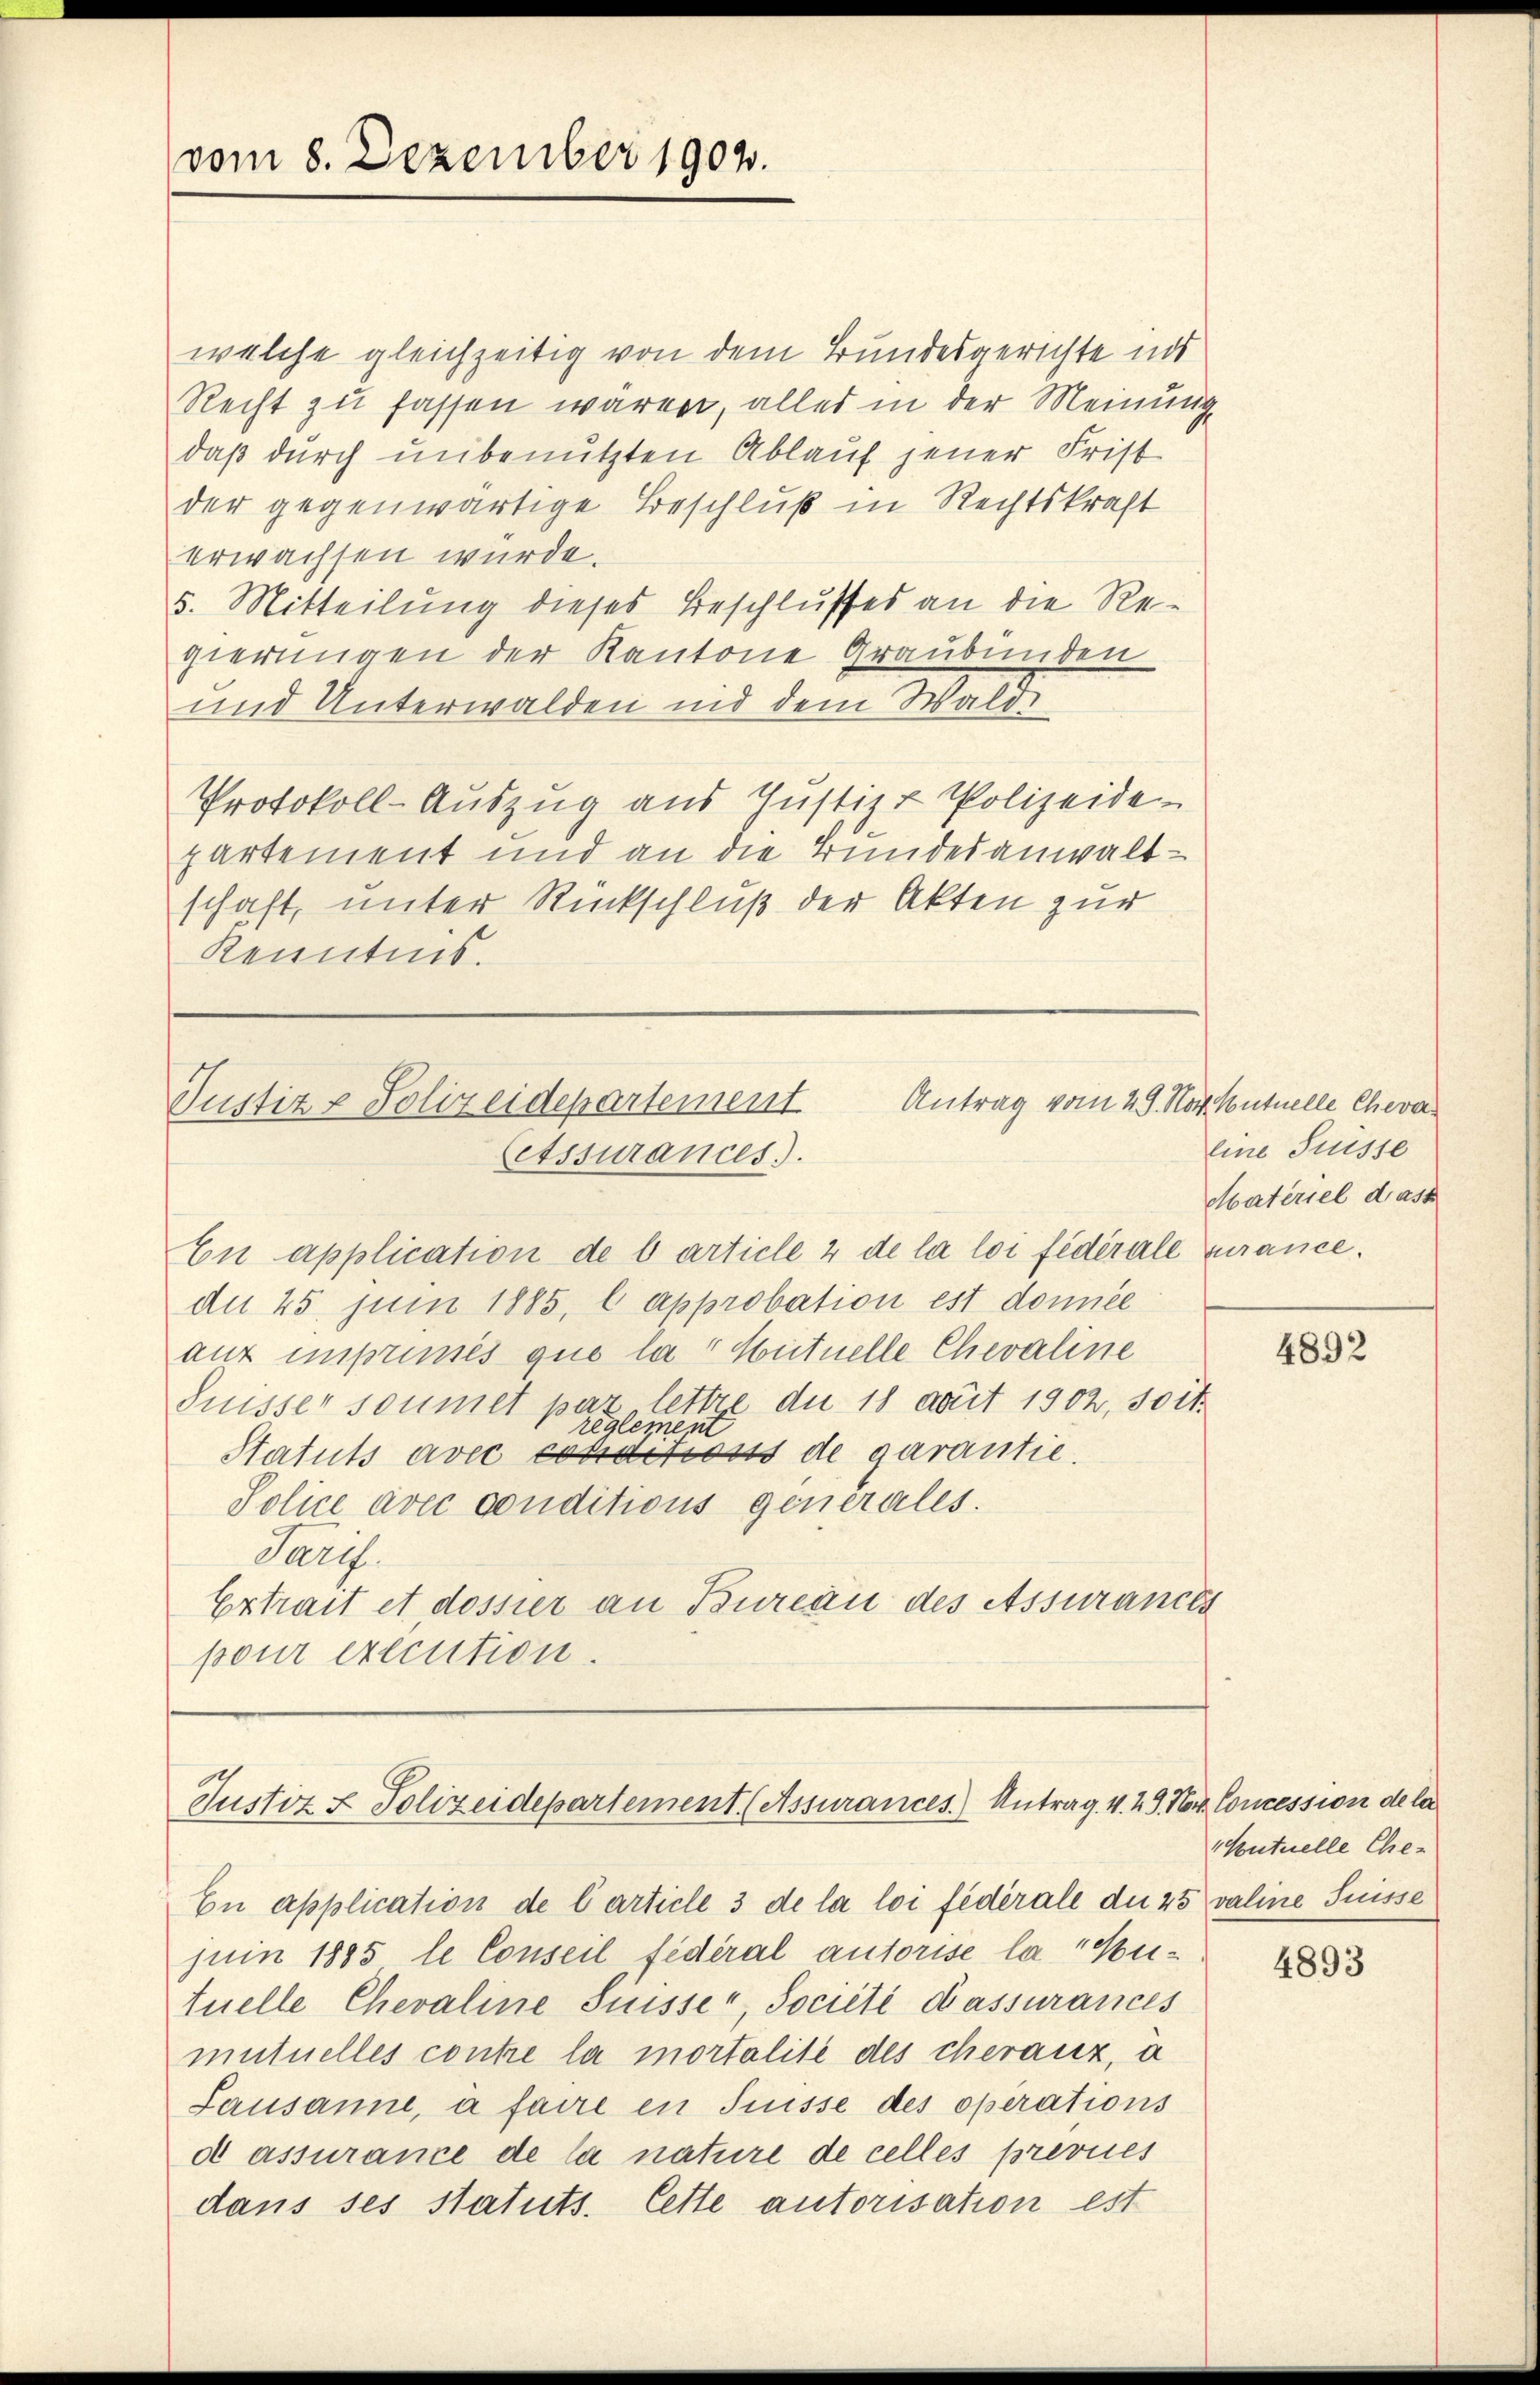
vom 8. Dezember 1902.

welche gleichzeitig von dem Bundesgerichte ind
Recht zu fassen wären, alles in der Meinung
daß durch unbenutzten Ablauf jener Frist
der gegenwärtige Beschluß in Rechtskraft
erwachsen würde.
5. Mitteilung dieses Beschlusses an die Regierungen der Kantone Graubünden
und Unterwalden und dem Walde
Protokoll-Auszug aus Justiz & Polizeide
partement und an die Bundesanwaltschaft, unter Rückschluß der Akten zur
Kenntnis.

Justiz & Polizeidepartement
Cetssurances.).
En application de b article 2 de la loi fédérale curance.

de 45 juni 1885, e approbation est donnée
auf imprises que la " Hutuelle Chevaline
Suisser soumet par lettre du 18 amit 1902, 30 rt.
reglement
Statuts avec cosactions de garantie.
Police avec conditions generales.
Paris.
Extrait et dossier an Bureau des assurances
pour execution.

Antrag vom 29. No Contuelle Chevar

Justiz & Polizeidepartement (Assurances.) Antrag. 4. 19. Nov. Concession de la
En application de Carticle 3 de la loi fédérale du 25 valine Suisse

juin 1885, le Conseil lederal autorise la " Hutuelle Chevaline Sisser, Société d’assurances
mutuelles contre la mortalite des cherauz, a
Lausanne, a faire in Suisse des operations
d assurance de la nature de celles prevues
dans ses statuts. Cette autorisation est

line Suisse
Materiel drass

4892

Kutuelle Ehe-

4893